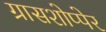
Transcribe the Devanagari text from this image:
ग्रासशोप्पेर